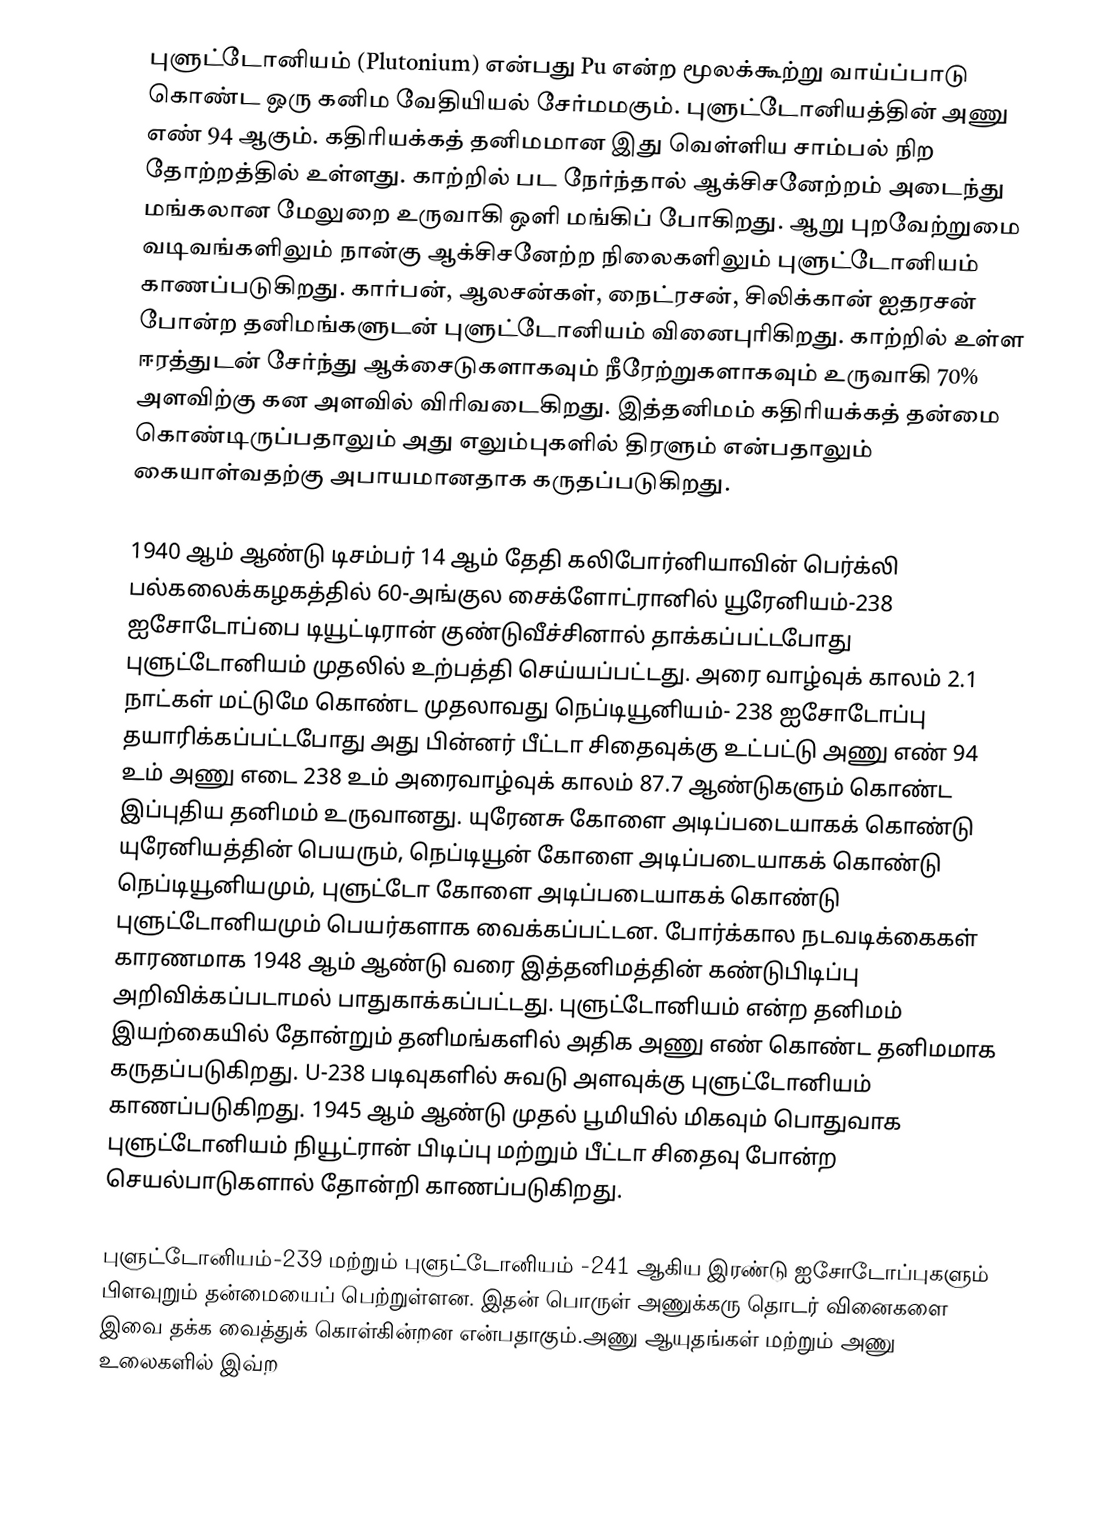
புளுட்டோனியம் (Plutonium) என்பது Pu என்ற மூலக்கூற்று வாய்ப்பாடு கொண்ட ஒரு கனிம வேதியியல் சேர்மமகும். புளுட்டோனியத்தின் அணு எண் 94 ஆகும். கதிரியக்கத் தனிமமான இது வெள்ளிய சாம்பல் நிற தோற்றத்தில் உள்ளது. காற்றில் பட நேர்ந்தால் ஆக்சிசனேற்றம் அடைந்து மங்கலான மேலுறை உருவாகி ஒளி மங்கிப் போகிறது. ஆறு புறவேற்றுமை வடிவங்களிலும் நான்கு ஆக்சிசனேற்ற நிலைகளிலும்  புளுட்டோனியம் காணப்படுகிறது.  கார்பன்,  ஆலசன்கள்,  நைட்ரசன்,  சிலிக்கான்  ஐதரசன் போன்ற தனிமங்களுடன் புளுட்டோனியம் வினைபுரிகிறது. காற்றில் உள்ள ஈரத்துடன் சேர்ந்து ஆக்சைடுகளாகவும் நீரேற்றுகளாகவும் உருவாகி 70% அளவிற்கு கன அளவில் விரிவடைகிறது. இத்தனிமம் கதிரியக்கத் தன்மை கொண்டிருப்பதாலும் அது எலும்புகளில் திரளும் என்பதாலும் கையாள்வதற்கு அபாயமானதாக கருதப்படுகிறது.

1940 ஆம் ஆண்டு டிசம்பர் 14 ஆம் தேதி கலிபோர்னியாவின் பெர்க்லி பல்கலைக்கழகத்தில் 60-அங்குல சைக்ளோட்ரானில் யூரேனியம்-238 ஐசோடோப்பை டியூட்டிரான் குண்டுவீச்சினால் தாக்கப்பட்டபோது புளுட்டோனியம் முதலில் உற்பத்தி செய்யப்பட்டது. அரை வாழ்வுக் காலம் 2.1 நாட்கள் மட்டுமே கொண்ட முதலாவது நெப்டியூனியம்- 238 ஐசோடோப்பு தயாரிக்கப்பட்டபோது அது பின்னர் பீட்டா சிதைவுக்கு உட்பட்டு அணு எண் 94 உம் அணு எடை 238 உம்  அரைவாழ்வுக் காலம் 87.7 ஆண்டுகளும் கொண்ட இப்புதிய தனிமம் உருவானது. யுரேனசு கோளை அடிப்படையாகக் கொண்டு யுரேனியத்தின் பெயரும், நெப்டியூன் கோளை அடிப்படையாகக் கொண்டு நெப்டியூனியமும், புளுட்டோ கோளை அடிப்படையாகக் கொண்டு புளுட்டோனியமும் பெயர்களாக வைக்கப்பட்டன. போர்க்கால நடவடிக்கைகள் காரணமாக 1948 ஆம் ஆண்டு வரை இத்தனிமத்தின் கண்டுபிடிப்பு அறிவிக்கப்படாமல் பாதுகாக்கப்பட்டது. புளுட்டோனியம் என்ற தனிமம் இயற்கையில் தோன்றும் தனிமங்களில் அதிக அணு எண் கொண்ட தனிமமாக கருதப்படுகிறது. U-238 படிவுகளில் சுவடு அளவுக்கு புளுட்டோனியம் காணப்படுகிறது. 1945 ஆம் ஆண்டு முதல் பூமியில் மிகவும் பொதுவாக புளுட்டோனியம் நியூட்ரான் பிடிப்பு மற்றும் பீட்டா சிதைவு போன்ற செயல்பாடுகளால் தோன்றி காணப்படுகிறது.

புளுட்டோனியம்-239 மற்றும் புளுட்டோனியம் -241 ஆகிய இரண்டு ஐசோடோப்புகளும் பிளவுறும் தன்மையைப் பெற்றுள்ளன. இதன் பொருள் அணுக்கரு தொடர் வினைகளை இவை தக்க வைத்துக் கொள்கின்றன என்பதாகும்.அணு ஆயுதங்கள் மற்றும் அணு உலைகளில் இவ்ற